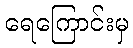
ရေကြောင်းမှ